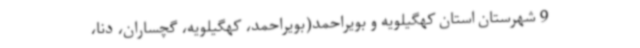
9 شهرستان استان کهگیلویه و بویراحمد(بویراحمد، کهگیلویه، گچساران، دنا،